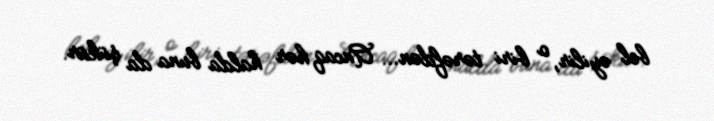
bel əyilir, o biri tərəfdən... Ancaq hər halda buna da şükür.